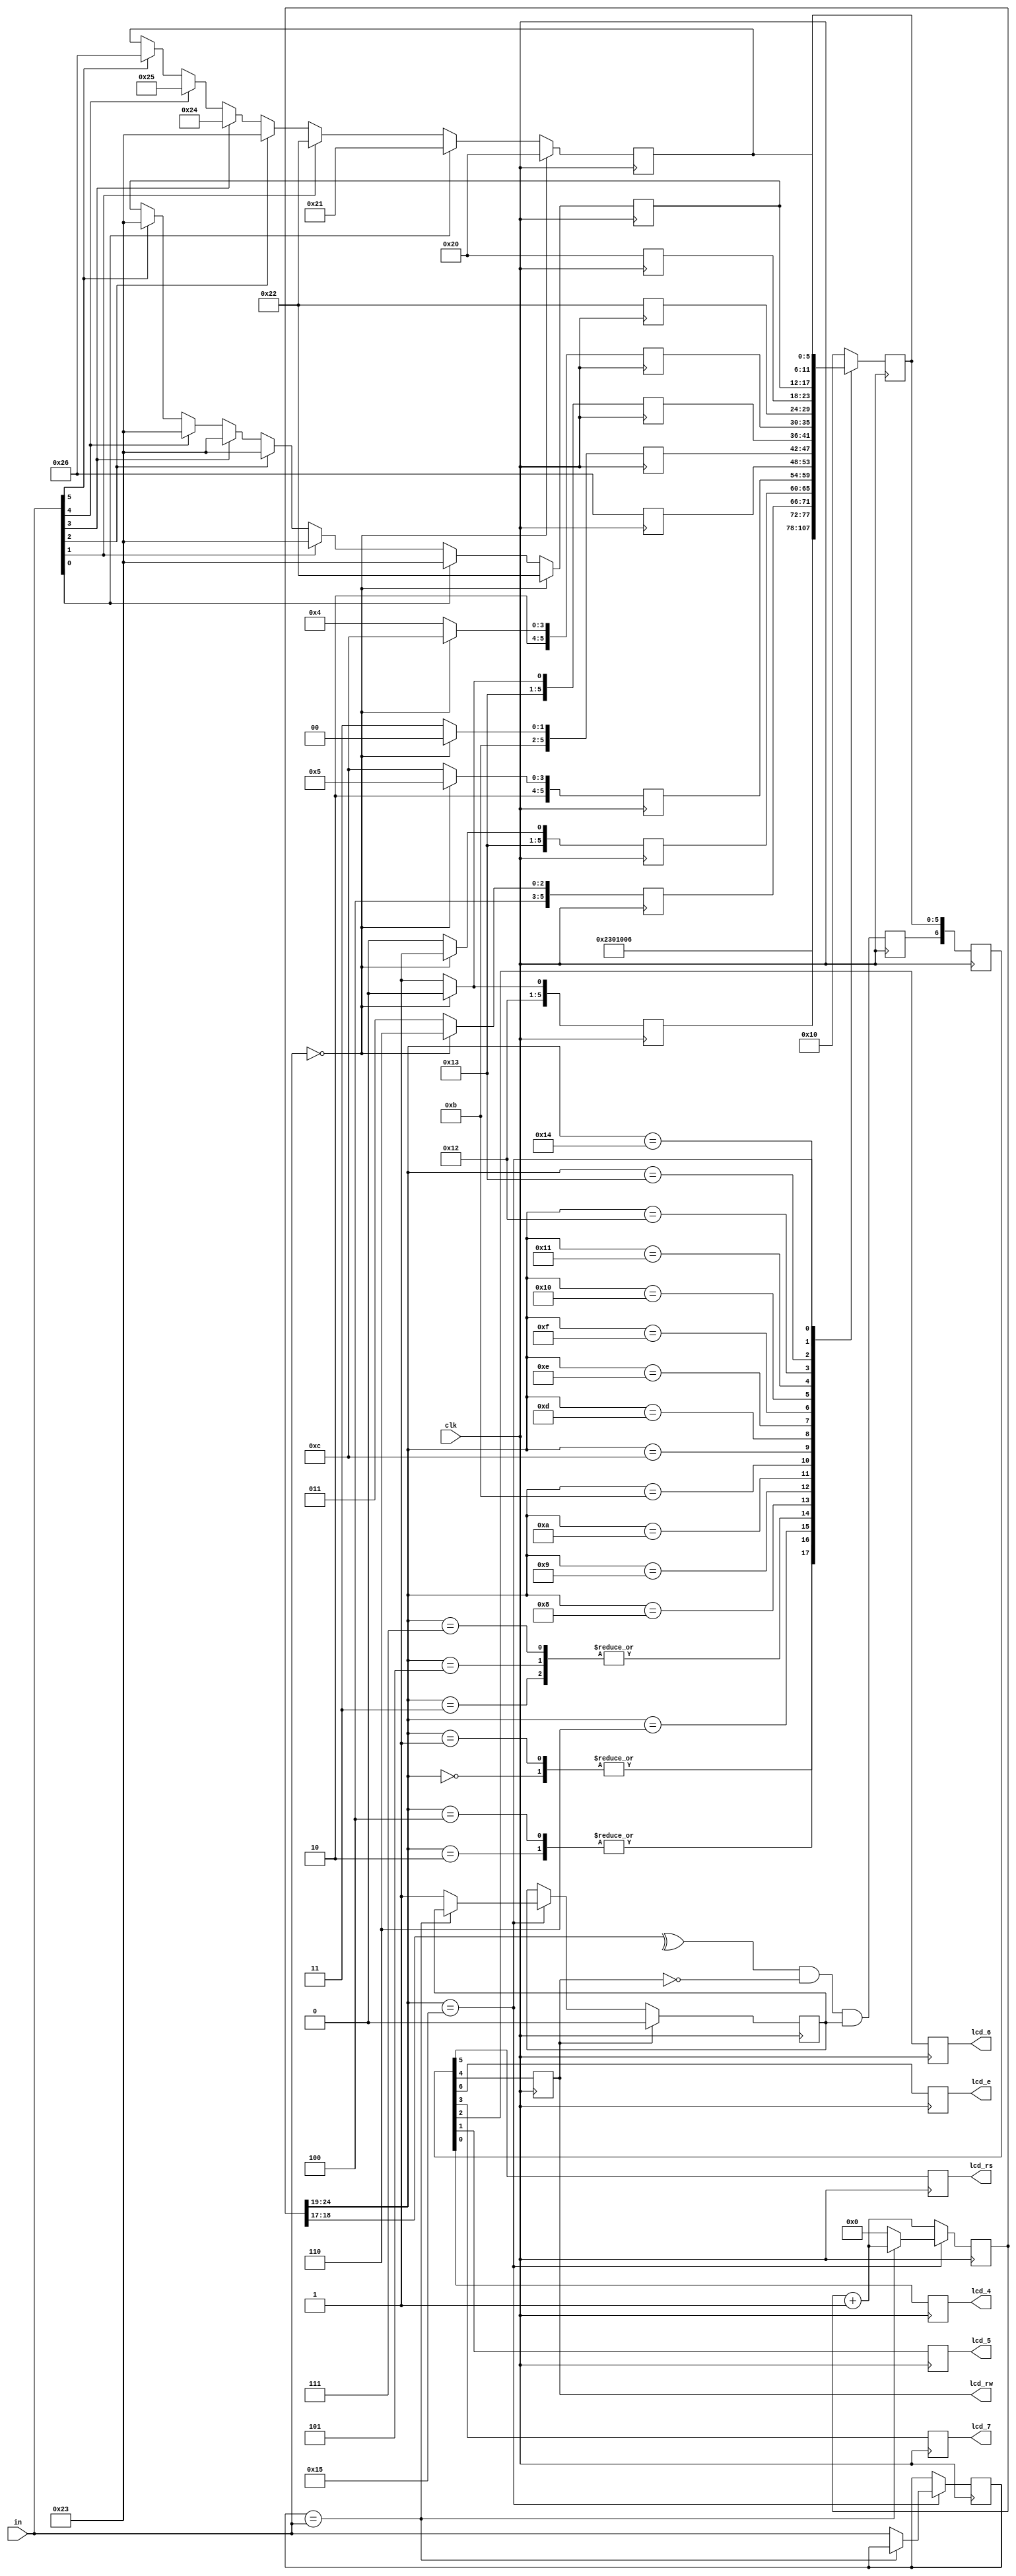
module LCDControl1(clk, in, lcd_rs, lcd_rw, lcd_e, lcd_4, lcd_5, lcd_6, lcd_7);
                    parameter       n = 27;	// Total number of bits in counter
                    parameter       k = 17;	// The number of bits used to determine where to start counting from inside the case block
                    input           clk;
						  input [5:0]     in;
                    reg     [n-1:0] count=0;
                    reg             lcd_busy=1; // LCD input, determines when is the LCD being written to
                    reg             lcd_stb;	// LCD input
                    reg       [5:0] lcd_code;	// LCD input excluding lcd_stb
                    reg       [6:0] lcd_stuff; // Used to append LCD input
						  reg       [5:0]	lcd_text [0:12];
                    output reg      lcd_rs;
                    output reg      lcd_rw;
						  output reg      lcd_e;
                    output reg      lcd_7;
                    output reg      lcd_6;
                    output reg      lcd_5;
                    output reg      lcd_4;
						  reg [5:0] in_copy =  6'b011111;
  always @ (posedge clk) begin
		count <= count + 1;
	
	 	case (count[k+7:k+2])
		 0: lcd_code <= 6'b000010;    // function set
       1: lcd_code <= 6'b000010;
       2: lcd_code <= 6'b001100;	
       3: lcd_code <= 6'b000000;    // display on/off control
       4: lcd_code <= 6'b001100;
       5: lcd_code <= 6'b000000;    // display clear
       6: lcd_code <= 6'b000001;
       7: lcd_code <= 6'b000000;    // entry mode set
       8: lcd_code <= 6'b000110;
	    9: lcd_code <= lcd_text[0];
      10: lcd_code <= lcd_text[1];
      11: lcd_code <= lcd_text[2];
      12: lcd_code <= lcd_text[3];
      13: lcd_code <= lcd_text[4];
      14: lcd_code <= lcd_text[5];
      15: lcd_code <= lcd_text[6];
      16: lcd_code <= lcd_text[7];
      17: lcd_code <= lcd_text[8];
      18: lcd_code <= lcd_text[9];
      19: lcd_code <= lcd_text[10];
      20: lcd_code <= lcd_text[11];
		21: if (~(in_copy == in)) begin count <= 0; in_copy <= in; lcd_busy <= 1; end
		default: lcd_code <= 6'b010000;
    endcase
	 
	 if( in == 6'b000000 )
		begin
			lcd_text[0] <= 6'h24;	// F
			lcd_text[1] <= 6'h26;
			lcd_text[2] <= 6'h27;	// u
			lcd_text[3] <= 6'h25;
			lcd_text[4] <= 6'h26;	// l
			lcd_text[5] <= 6'h2c;
			lcd_text[6] <= 6'h26;	// l
			lcd_text[7] <= 6'h2c;
			lcd_text[8] <= 6'h22;
			lcd_text[9] <= 6'h20;
			lcd_text[10] <= 6'h22;
			lcd_text[11] <= 6'h20;
		end
	 else	// A slot is empty
		begin
			lcd_text[0] <= 6'h25;	// S
			lcd_text[1] <= 6'h23;
			lcd_text[2] <= 6'h26;	// l
			lcd_text[3] <= 6'h2c;
			lcd_text[4] <= 6'h26;	// o
			lcd_text[5] <= 6'h2f;
			lcd_text[6] <= 6'h27;	// t
			lcd_text[7] <= 6'h24;
			lcd_text[8] <= 6'h22;	//
			lcd_text[9] <= 6'h20;
			
			if(in[0] == 1'b1)
				begin
					lcd_text[10] <= 6'h23;	// 1
					lcd_text[11] <= 6'h21;
				end
			else if(in[1] == 1'b1)
				begin
					lcd_text[10] <= 6'h23;	// 2
					lcd_text[11] <= 6'h22;
				end
			else if(in[2] == 1'b1)
				begin
					lcd_text[10] <= 6'h23;	// 3
					lcd_text[11] <= 6'h23;
				end
			else if(in[3] == 1'b1)
				begin
					lcd_text[10] <= 6'h23;	// 4
					lcd_text[11] <= 6'h24;
				end
			else if(in[4] == 1'b1)
				begin
					lcd_text[10] <= 6'h23;	// 5
					lcd_text[11] <= 6'h25;
				end
			else if(in[5] == 1'b1)
				begin
					lcd_text[10] <= 6'h23;	// 6
					lcd_text[11] <= 6'h26;
				end
		end
		
	 if (lcd_rw)
      lcd_busy <= 0;
    lcd_stb <= ^count[k+1:k+0] & ~lcd_rw & lcd_busy;  // clkrate / 2^(k+2)
    lcd_stuff <= {lcd_stb,lcd_code};
    {lcd_e,lcd_rs,lcd_rw,lcd_7,lcd_6,lcd_5,lcd_4} <= lcd_stuff;
	end
endmodule